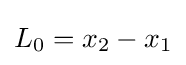
L_{0}=x_{2}-x_{1}